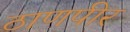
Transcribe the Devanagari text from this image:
ठाणपीर